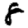
Digit: 8